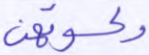
وكسوتهن